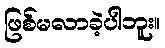
ဖြစ်မလာခဲ့ပါဘူး။